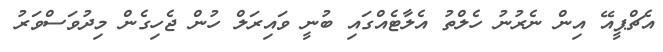
އެޗްޕީއޭ އިން ނެރުނު ހެލްތު އެލާޓެއްގައި ބުނީ ވައިރަލް ހުން ޖެހިގެން މިދުވަސްވަރު